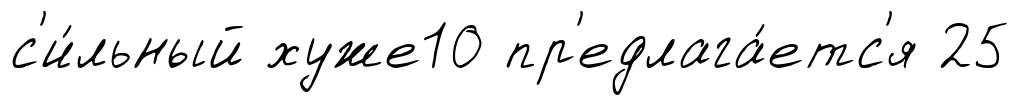
с'и́льный хуже10 пр'едлага́етс'я 25